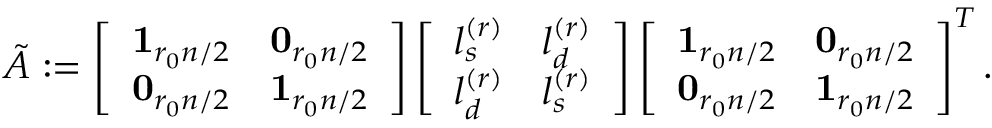
\begin{array} { r } { \tilde { A } : = \left[ \begin{array} { l l } { \mathbf { 1 } _ { r _ { 0 } n / 2 } } & { \mathbf { 0 } _ { r _ { 0 } n / 2 } } \\ { \mathbf { 0 } _ { r _ { 0 } n / 2 } } & { \mathbf { 1 } _ { r _ { 0 } n / 2 } } \end{array} \right] \left[ \begin{array} { l l } { l _ { s } ^ { ( r ) } } & { l _ { d } ^ { ( r ) } } \\ { l _ { d } ^ { ( r ) } } & { l _ { s } ^ { ( r ) } } \end{array} \right] \left[ \begin{array} { l l } { \mathbf { 1 } _ { r _ { 0 } n / 2 } } & { \mathbf { 0 } _ { r _ { 0 } n / 2 } } \\ { \mathbf { 0 } _ { r _ { 0 } n / 2 } } & { \mathbf { 1 } _ { r _ { 0 } n / 2 } } \end{array} \right] ^ { T } . } \end{array}